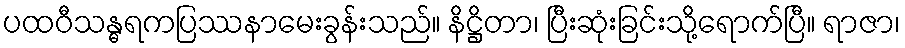
ပထဝီသန္ဓရကပြဿနာမေးခွန်းသည်။ နိဋ္ဌိတာ၊ ပြီးဆုံးခြင်းသို့ရောက်ပြီ။ ရာဇာ၊